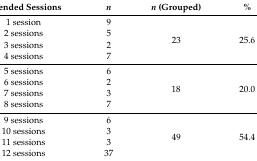
| Attended Sessions | n | n (Grouped) | % |
 | --- | --- | --- | --- |
 | 1 session | 9 | <ROWSPAN=4> 23 | <ROWSPAN=4> 25.6 |
 | 2 sessions | 5 |
 | 3 sessions | 2 |
 | 4 sessions | 7 |
 | 5 sessions | 6 | <ROWSPAN=4> 18 | <ROWSPAN=4> 20.0 |
 | 6 sessions | 2 |
 | 7 sessions | 3 |
 | 8 sessions | 7 |
 | 9 sessions | 6 | <ROWSPAN=4> 49 | <ROWSPAN=4> 54.4 |
 | 10 sessions | 3 |
 | 11 sessions | 3 |
 | 12 sessions | 37 |